Problem: 36 + 25 = ?
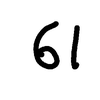
Handwritten answer: 61